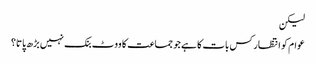
لیکن
عوام کو انتظار کس بات کا ہے جو جماعت کا ووٹ بنک نہیں بڑھ پاتا؟